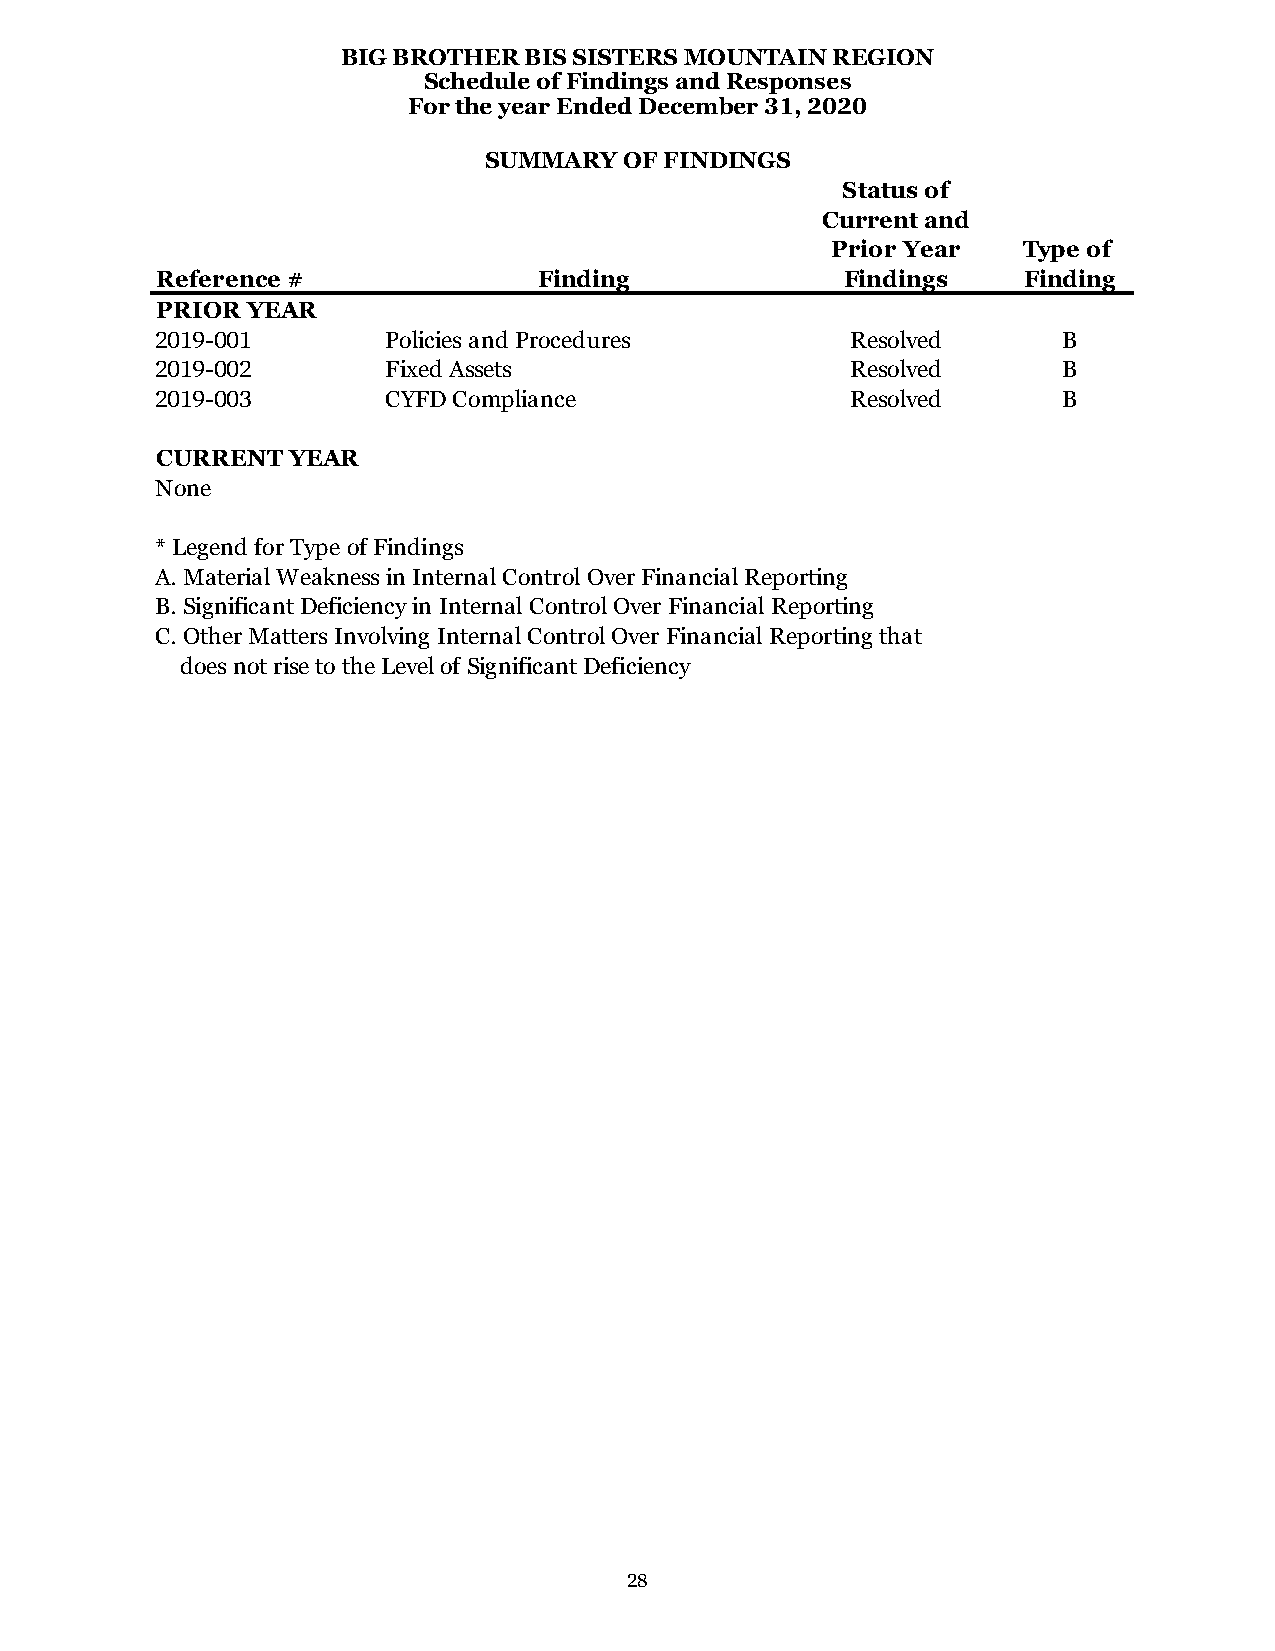
BIG BROTHER BIS SISTERS MOUNTAIN REGION
 Schedule of Findings and Responses
 For the year Ended December 31, 2020
 SUMMARY  OF FINDINGS
 Status of
 Current and
 Prior Year   Type of
 Reference #               Finding             Findings    Finding
 PRIOR YEAR
 2019-001        Policies and Procedures       Resolved      B
 2019-002        Fixed Assets                  Resolved      B
 2019-003        CYFD Compliance               Resolved      B
 CURRENT  YEAR
 None
 * Legend for Type of Findings
 A. Material Weakness in Internal Control Over Financial Reporting
 B. Significant Deficiency in Internal Control Over Financial Reporting
 C. Other Matters Involving Internal Control Over Financial Reporting that
 does not rise to the Level of Significant Deficiency
 28